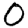
Digit: 0